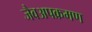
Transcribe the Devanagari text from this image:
जैवअपक्रमण